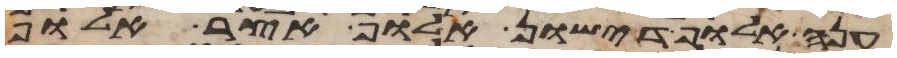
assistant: ענה אלוף דישון אלוף אצר אלוף